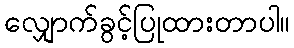
လျှောက်ခွင့်ပြုထားတာပါ။